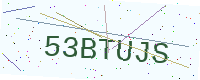
Text: 53BTUJS